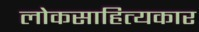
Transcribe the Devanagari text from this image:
लोकसाहित्यकार